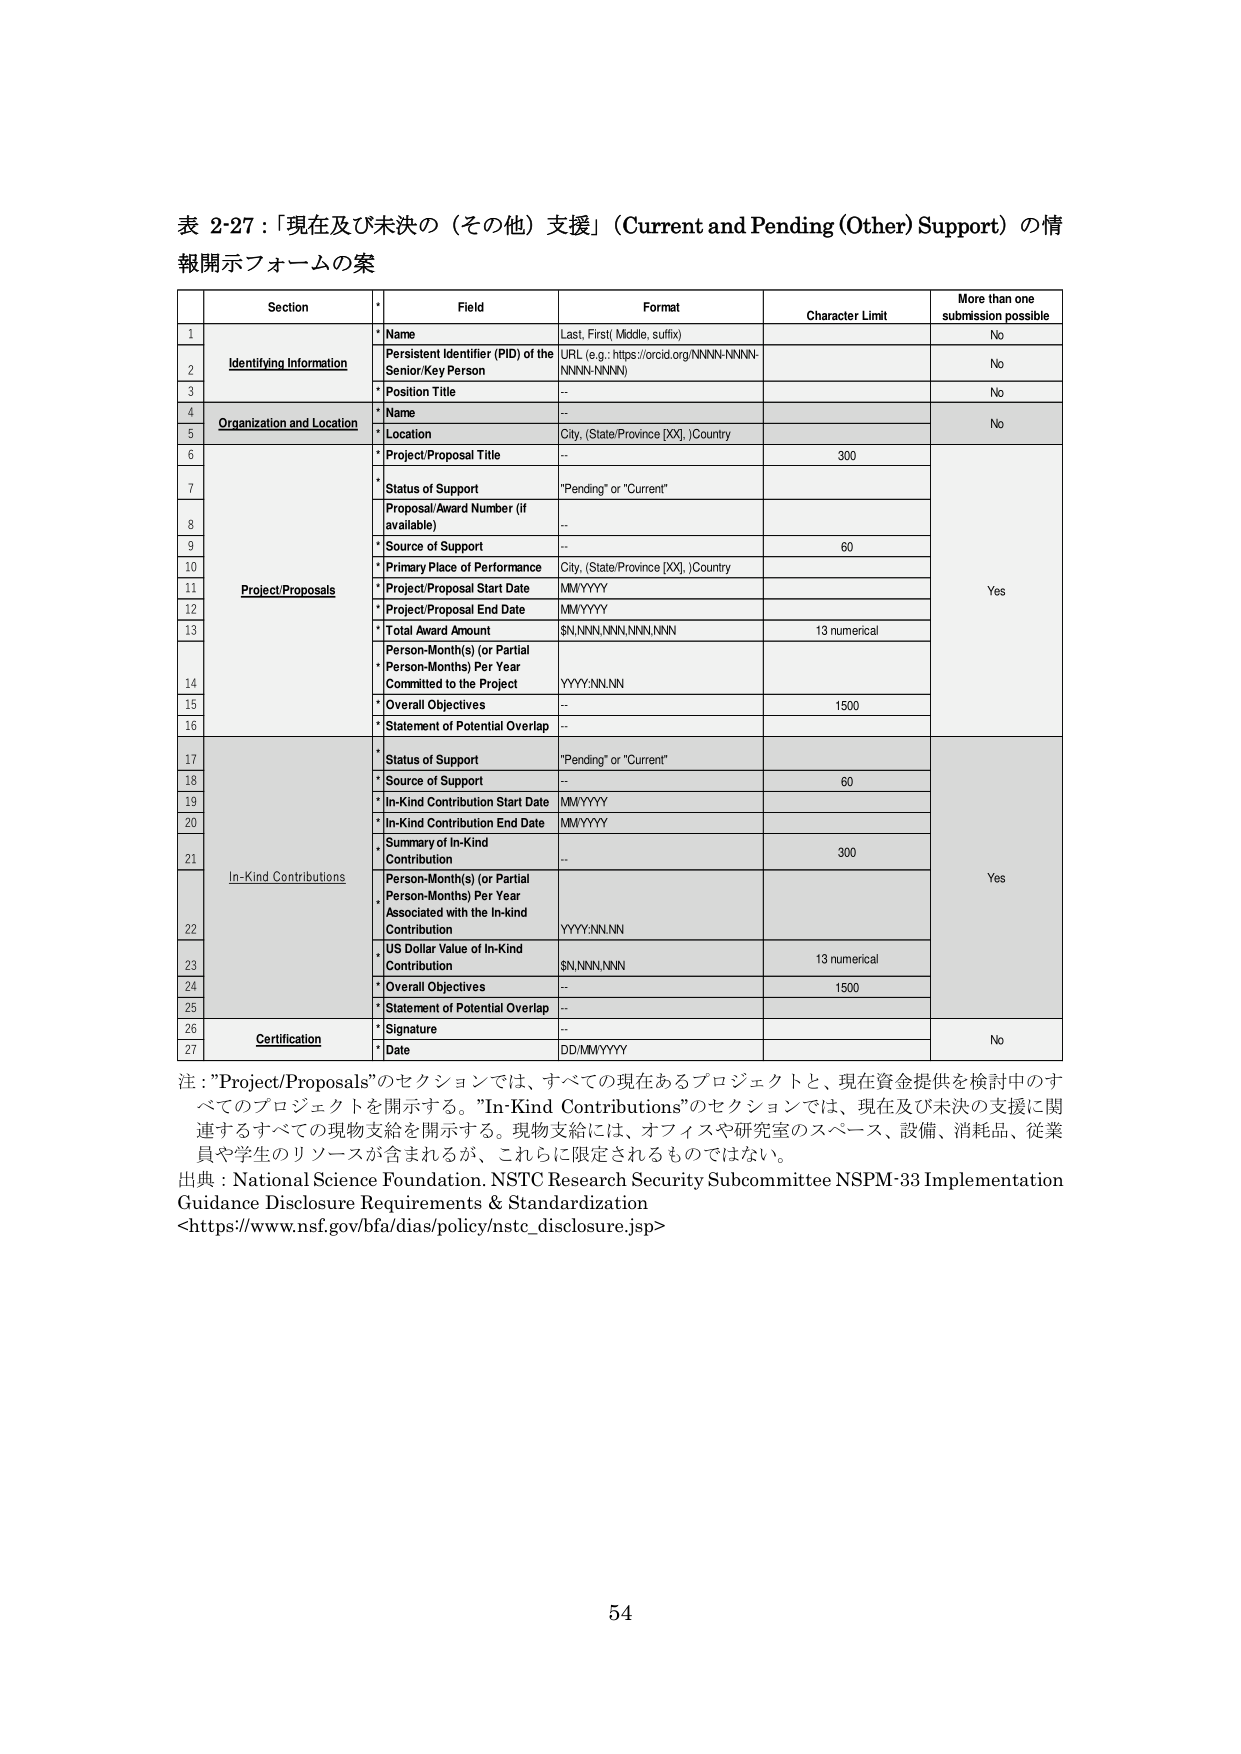
表 2-27：「現在及び未決の（その他）支援」（Current and Pending (Other) Support）の情報開示フォームの案

Section	*	Field	Format	Character Limit	More than one submission possible
1	Identifying Information	* Name	Last, First (Middle, suffix)		No
2		Persistent Identifier (PID) of the Senior/Key Person	URL (e.g.: https://orcid.org/NNNN-NNNN-NNNN-NNNN)		No
3		* Position Title	--		No
4	Organization and Location	* Name	--		No
5		* Location	City, (State/Province [XX], )Country
6	Project/Proposals	* Project/Proposal Title	--	300	Yes
7		* Status of Support	"Pending" or "Current"
8		Proposal/Award Number (if available)	--
9		* Source of Support	--	60
10		* Primary Place of Performance	City, (State/Province [XX], )Country
11		* Project/Proposal Start Date	MM/YYYY
12		* Project/Proposal End Date	MM/YYYY
13		* Total Award Amount	$N,NNN,NNN,NNN,NNN	13 numerical
14		* Person-Month(s) (or Partial Person-Months) Per Year Committed to the Project	YYYY.NN.NN
15		* Overall Objectives	--	1500
16		* Statement of Potential Overlap	--
17	In-Kind Contributions	* Status of Support	"Pending" or "Current"		Yes
18		* Source of Support	--	60
19		* In-Kind Contribution Start Date	MM/YYYY
20		* In-Kind Contribution End Date	MM/YYYY
21		* Summary of In-Kind Contribution	--	300
22		* Person-Month(s) (or Partial Person-Months) Per Year Associated with the In-Kind Contribution	YYYY.NN.NN
23		* US Dollar Value of In-Kind Contribution	$N,NNN,NNN	13 numerical
24		* Overall Objectives	--	1500
25		* Statement of Potential Overlap	--
26	Certification	* Signature	--		No
27		* Date	DD/MM/YYYY

注："Project/Proposals"のセクションでは、すべての現在あるプロジェクトと、現在資金提供を検討中のすべてのプロジェクトを開示する。"In-Kind Contributions"のセクションでは、現在及び未決の支援に関連するすべての現物支給を開示する。現物支給には、オフィスや研究室のスペース、設備、消耗品、従業員や学生のリソースが含まれるが、これらに限定されるものではない。

出典：National Science Foundation, NSTC Research Security Subcommittee NSPM-33 Implementation Guidance Disclosure Requirements & Standardization
<https://www.nsf.gov/bfa/dias/policy/nstc_disclosure.jsp>

54